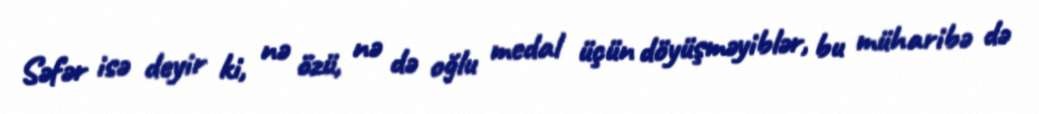
Səfər isə deyir ki, nə özü, nə də oğlu medal üçün döyüşməyiblər, bu müharibə də